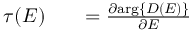
\begin{array} { r l r } { \tau ( E ) } & { { } } & { = \frac { \partial \mathrm { a r g } \{ D ( E ) \} } { \partial E } } \end{array}